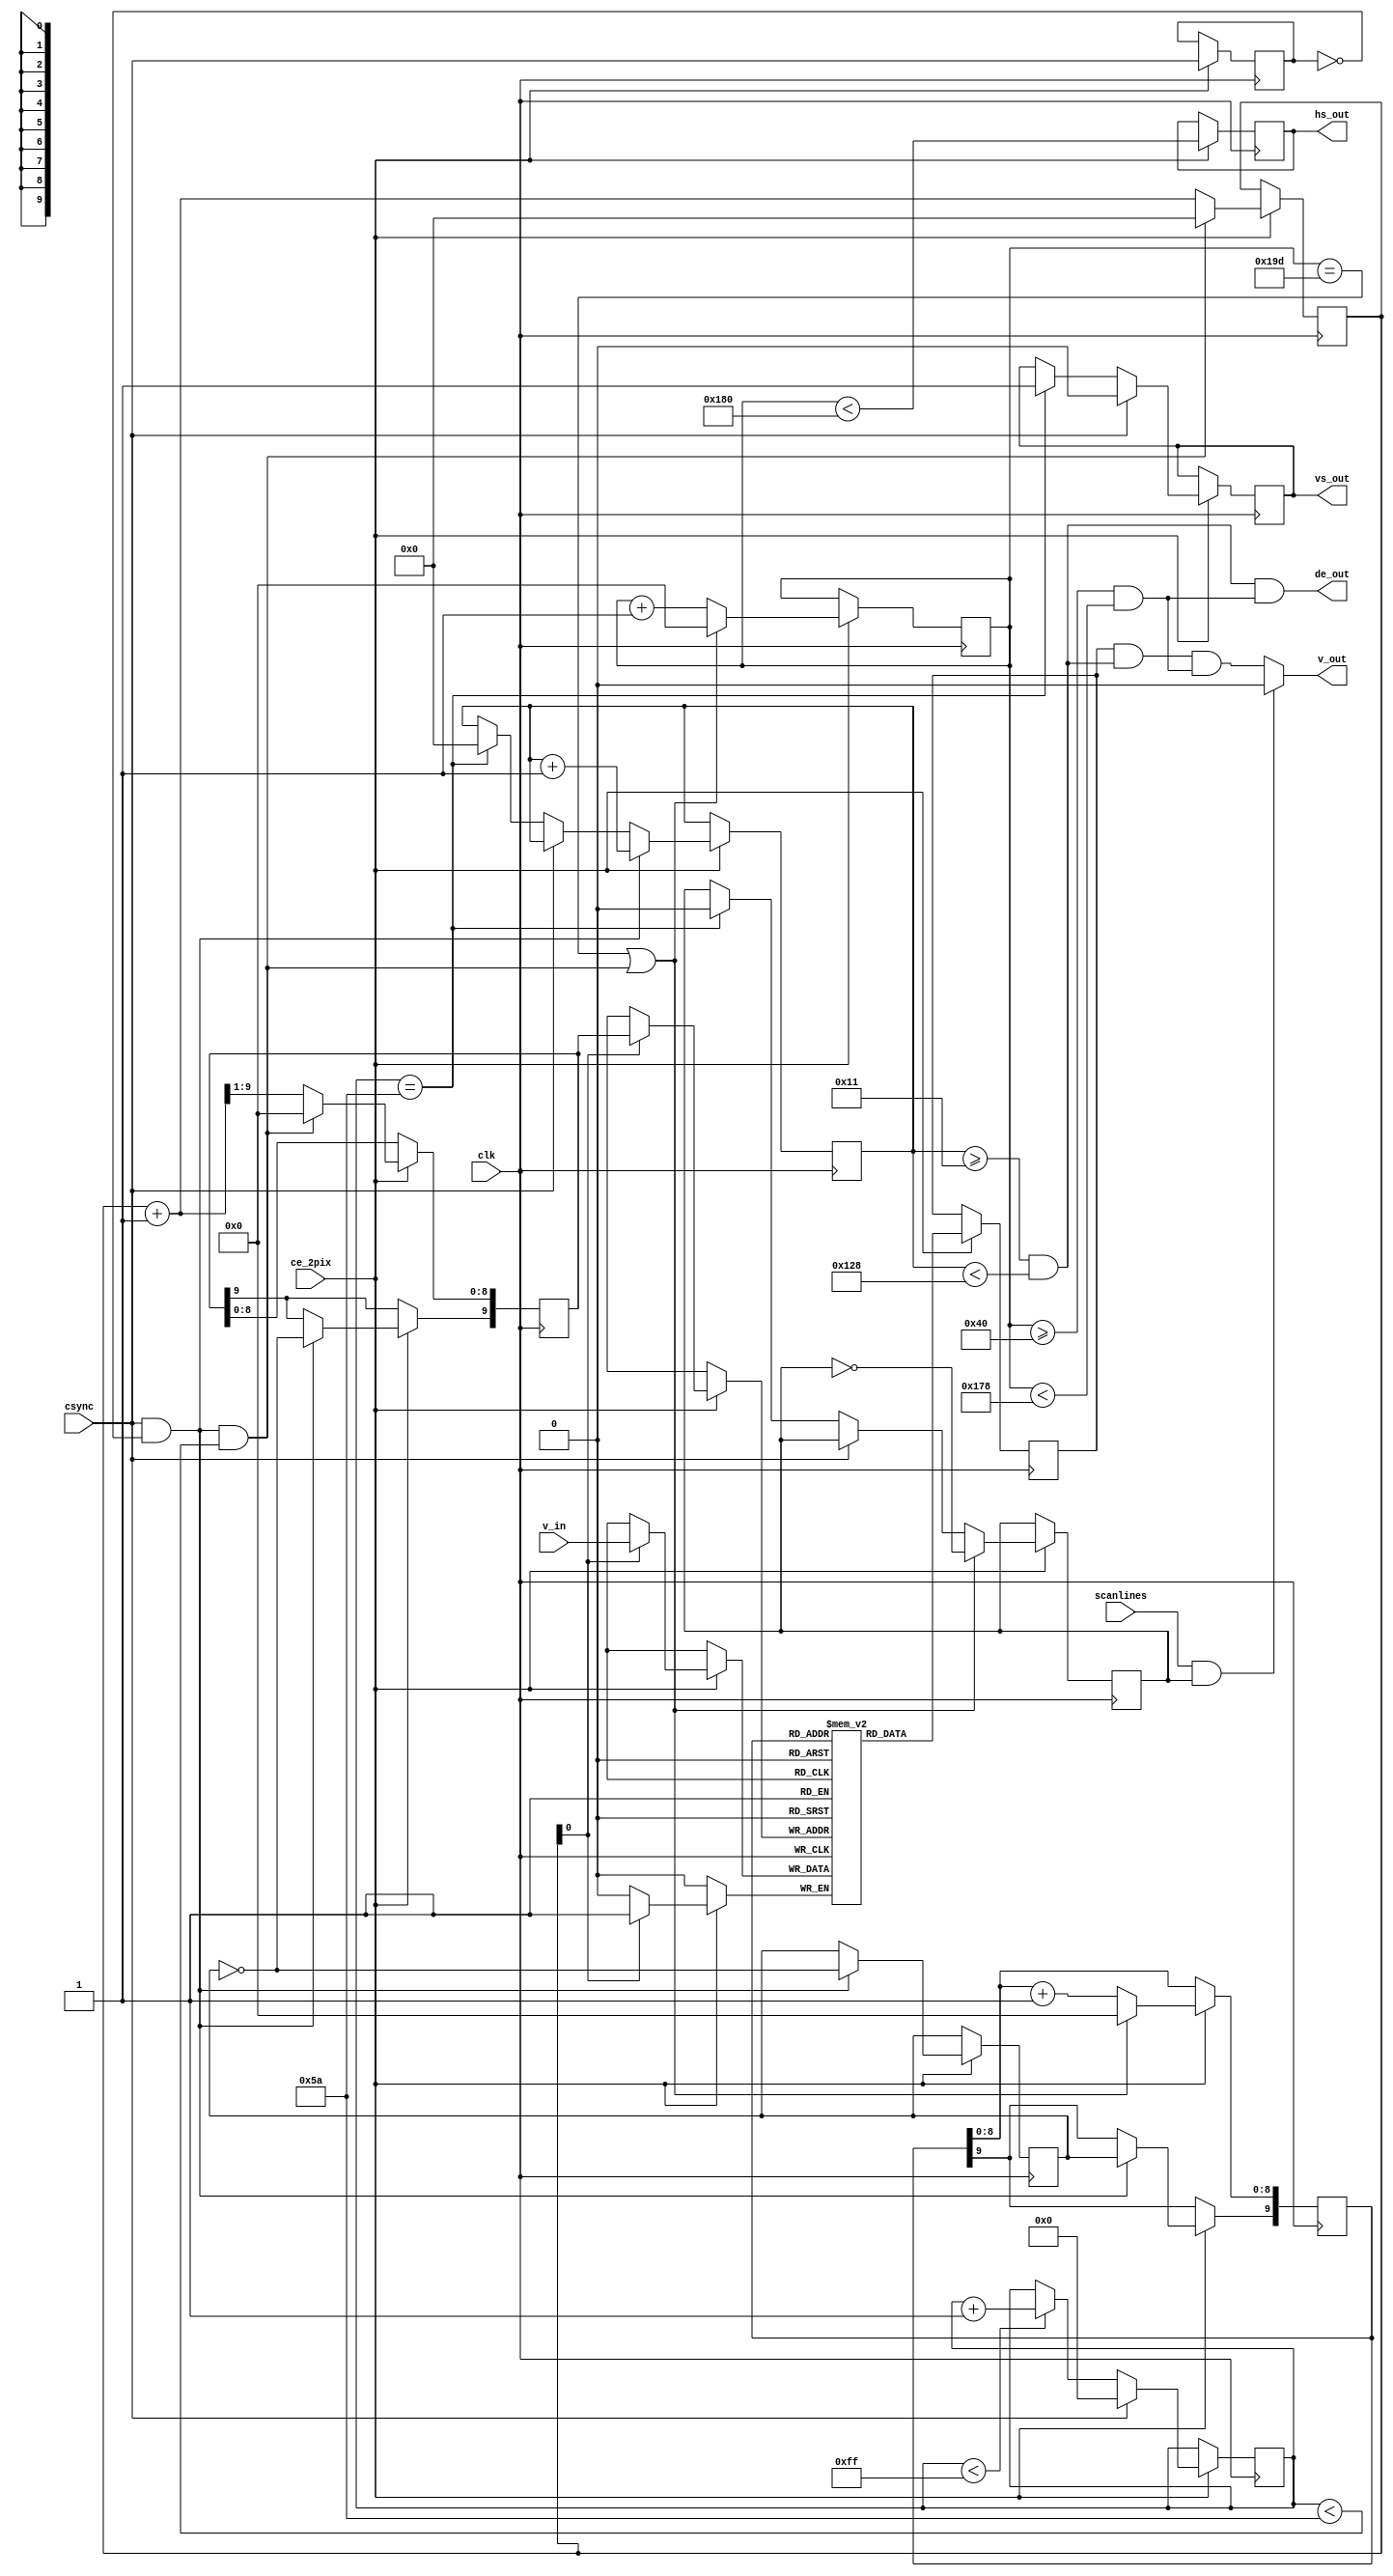
module scandoubler (
  // system interface
  input 	          clk,
  input            ce_2pix,

  input            scanlines,
		    
  // video input
  input            csync,
  input            v_in,

  // output interface
  output reg          hs_out,
  output reg          vs_out,
  output              de_out,
  output              v_out
);

// column counter running at 13MHz, twice the zx81 pixel clock
reg [8:0] sd_col;

// column counter running at 13MHz, but counting through a whole zx81 line
reg [9:0] zx_col;
wire[9:0] zx_col_next = zx_col + 1'd1;

// counter to determine sync lengths in the composity sync signal
// used to differentiate between hsync and vsync
reg [7:0] sync_len;
//reg vs, csD /* synthesis noprune */;
reg vs, csD;

// horizontal display goes from 40 to 168. We add 16 border pixels left and right
wire h_de = (sd_col >= (2*32)) && (sd_col < 2*188);   // 176

// vertical display goes from line 32 to 224.We add 16 border pixels top and bottom
wire v_de = (line_cnt >= 17) && (line_cnt < 296);    // 240  

wire hs = sd_col < (2*192);

// line counter also for debug purposes
reg [9:0] line_cnt /* synthesis noprune */;

reg scanline;

// enough space for two complete lines (incl. border and sync),
// each being 414 physical pixels wide
reg       line_buffer[1023:0];
reg [9:0] rdaddr;
reg [9:0] wraddr;
reg       q;

assign v_out = (scanlines & scanline) ? 0 : q && v_de && h_de;
assign de_out = v_de && h_de;
// toggle bit to switch between both line buffers
reg sd_toggle;

// video output of scan doubler
reg sd_video;

// scan doublers hsync/vsync generator runs on 6.5MHz
always @(posedge clk) begin
	
	if (ce_2pix) begin

		csD <= csync;

		if(csync) begin
			sync_len <= 8'd0;
			vs_out <= 1'b0;
		end else begin
			// count sync pulse length. Stop counting at 255
			if(sync_len < 255)
				sync_len <= sync_len + 8'd1;

			// if counter passes 90 then we are seeing a vsync
			if(sync_len == 90) begin
				vs_out <= 1'b1;
				line_cnt <= 10'd0;
				scanline <= 0;
			end
		end
		hs_out <= hs;

		// reset scan doubler column counter on rising edge of csync (end of sync) or
		// every 414 pixels
		if((sd_col == 413) ||(csync && !csD && sync_len < 90)) begin
			sd_col <= 9'd0;
			rdaddr[8:0] <= 0;
			scanline <= !scanline;
		end else begin
			sd_col <= sd_col + 9'd1;
			rdaddr[8:0] <= rdaddr[8:0] + 1'd1;
		end
		
		// change toggle bit at the end of each zx line
		if(csync && !csD) begin
			sd_toggle <= !sd_toggle;
			rdaddr[9] <= sd_toggle;
			wraddr[9] <= !sd_toggle;
			line_cnt <= line_cnt + 10'd1;
		end
			
		// zx81 column counter
		if((csync && !csD && sync_len < 90)) begin
			zx_col <= 10'd0;
			wraddr[8:0] <= 0;
		end else begin
			zx_col <= zx_col_next;
			wraddr[8:0] <= zx_col_next[9:1];
		end

		// fetch one line at half the scan doubler frequency
		if(zx_col[0])
			line_buffer[wraddr] <= v_in;
		
		// output other line at full scan doubler frequency
		q <= line_buffer[rdaddr];
	end
end
endmodule